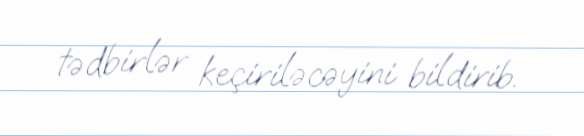
tədbirlər keçiriləcəyini bildirib.